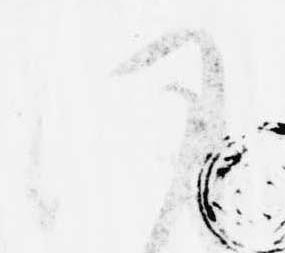
同